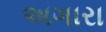
અગારા